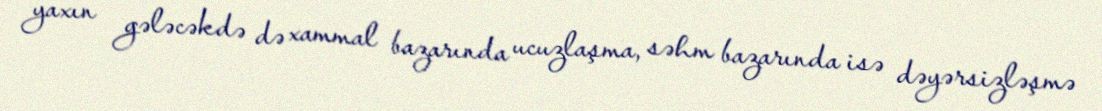
yaxın gələcəkdə də xammal bazarında ucuzlaşma, səhm bazarında isə dəyərsizləşmə